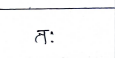
मजकूर: तः